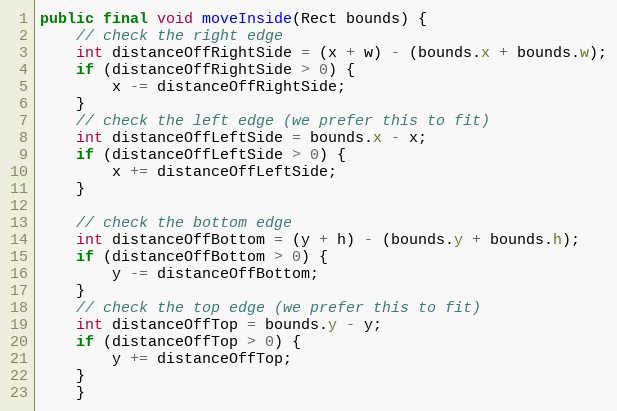
Language: Java
public final void moveInside(Rect bounds) {
	// check the right edge
	int distanceOffRightSide = (x + w) - (bounds.x + bounds.w);
	if (distanceOffRightSide > 0) {
	    x -= distanceOffRightSide;
	}
	// check the left edge (we prefer this to fit)
	int distanceOffLeftSide = bounds.x - x;
	if (distanceOffLeftSide > 0) {
	    x += distanceOffLeftSide;
	}

	// check the bottom edge
	int distanceOffBottom = (y + h) - (bounds.y + bounds.h);
	if (distanceOffBottom > 0) {
	    y -= distanceOffBottom;
	}
	// check the top edge (we prefer this to fit)
	int distanceOffTop = bounds.y - y;
	if (distanceOffTop > 0) {
	    y += distanceOffTop;
	}
    }